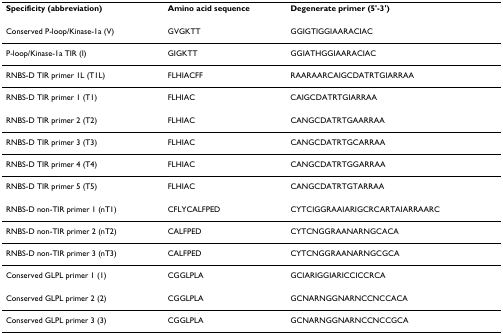
<table><thead><tr><td><b>Specificity (abbreviation)</b></td><td><b>Amino acid sequence</b></td><td><b>Degenerate primer (5&#x27;-3&#x27;)</b></td></tr></thead><tbody><tr><td>Conserved P-loop/Kinase-1a (V)</td><td>GVGKTT</td><td>GGIGTIGGIAARACIAC</td></tr><tr><td>P-loop/Kinase-1a TIR (I)</td><td>GIGKTT</td><td>GGIATHGGIAARACIAC</td></tr><tr><td>RNBS-D TIR primer 1L (T1L)</td><td>FLHIACFF</td><td>RAARAARCAIGCDATRTGIARRAA</td></tr><tr><td>RNBS-D TIR primer 1 (T1)</td><td>FLHIAC</td><td>CAIGCDATRTGIARRAA</td></tr><tr><td>RNBS-D TIR primer 2 (T2)</td><td>FLHIAC</td><td>CANGCDATRTGAARRAA</td></tr><tr><td>RNBS-D TIR primer 3 (T3)</td><td>FLHIAC</td><td>CANGCDATRTGCARRAA</td></tr><tr><td>RNBS-D TIR primer 4 (T4)</td><td>FLHIAC</td><td>CANGCDATRTGGARRAA</td></tr><tr><td>RNBS-D TIR primer 5 (T5)</td><td>FLHIAC</td><td>CANGCDATRTGTARRAA</td></tr><tr><td>RNBS-D non-TIR primer 1 (nT1)</td><td>CFLYCALFPED</td><td>CYTCIGGRAAIARIGCRCARTAIARRAARC</td></tr><tr><td>RNBS-D non-TIR primer 2 (nT2)</td><td>CALFPED</td><td>CYTCNGGRAANARNGCACA</td></tr><tr><td>RNBS-D non-TIR primer 3 (nT3)</td><td>CALFPED</td><td>CYTCNGGRAANARNGCGCA</td></tr><tr><td>Conserved GLPL primer 1 (1)</td><td>CGGLPLA</td><td>GCIARIGGIARICCICCRCA</td></tr><tr><td>Conserved GLPL primer 2 (2)</td><td>CGGLPLA</td><td>GCNARNGGNARNCCNCCACA</td></tr><tr><td>Conserved GLPL primer 3 (3)</td><td>CGGLPLA</td><td>GCNARNGGNARNCCNCCGCA</td></tr></tbody></table>